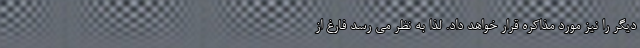
دیگر را نیز مورد مذاکره قرار خواهد داد. لذا به نظر می رسد فارغ از